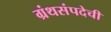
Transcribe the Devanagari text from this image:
ग्रंथसंपदेची